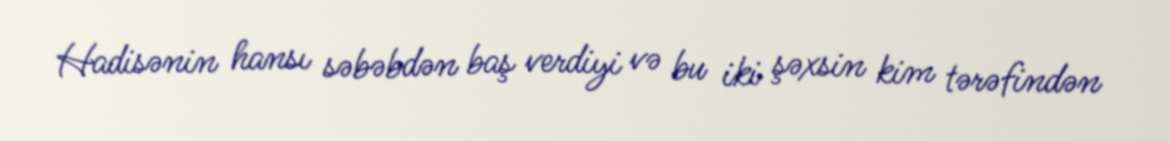
Hadisənin hansı səbəbdən baş verdiyi və bu iki şəxsin kim tərəfindən